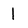
Character: l